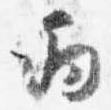
丙